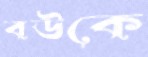
বউকে